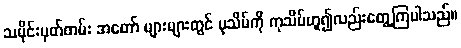
သမိုင်းမှတ်တမ်း အတော် များများတွင် ပုသိမ်ကို ကုသိမ်ဟူ၍လည်းတွေ့ကြပါသည်။